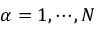
\alpha = 1 , \cdots , N